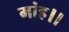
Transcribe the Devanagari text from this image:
मांह।।